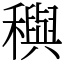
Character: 穥